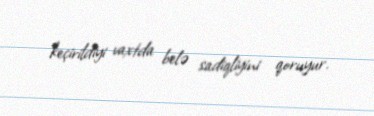
keçirildiyi vaxtda belə sadiqliyini qoruyur.